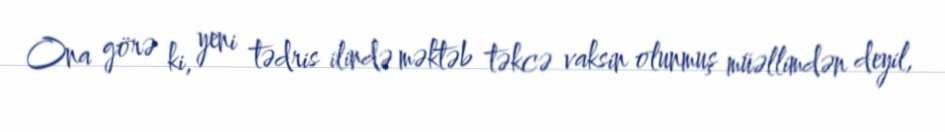
Ona görə ki, yeni tədris ilində məktəb təkcə vaksin olunmuş müəllimdən deyil,